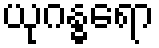
ယုဂန္ဓရော